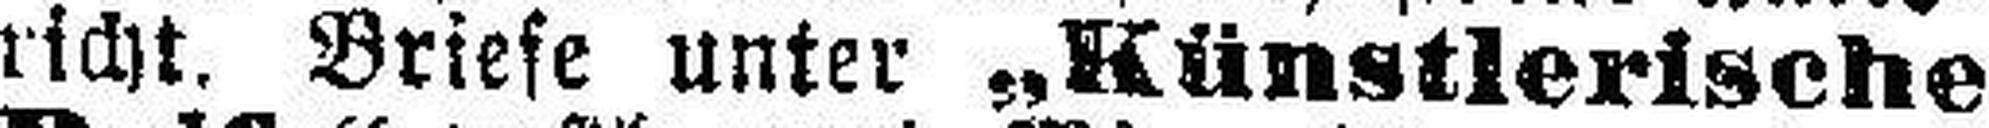
richt. Briefe unter „Künstlerische